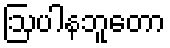
ဩပါနဘူတော